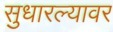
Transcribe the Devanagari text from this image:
सुधारल्यावर